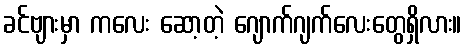
ခင်ဗျားမှာ ကလေး ဆော့တဲ့ ဂျောက်ဂျက်လေးတွေရှိလား။